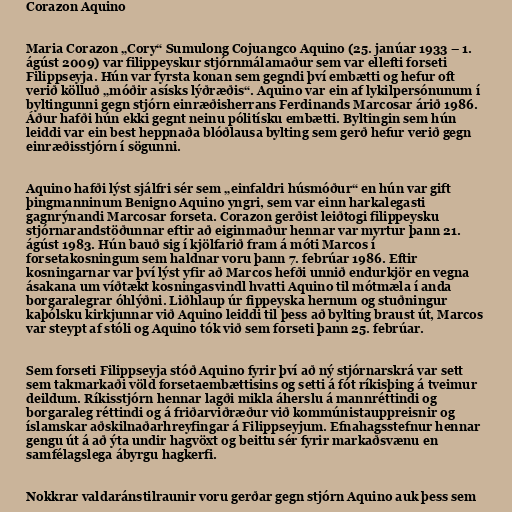
Corazon Aquino

Maria Corazon „Cory“ Sumulong Cojuangco Aquino (25. janúar 1933 – 1.
ágúst 2009) var filippeyskur stjórnmálamaður sem var ellefti forseti
Filippseyja. Hún var fyrsta konan sem gegndi því embætti og hefur oft
verið kölluð „móðir asísks lýðræðis“. Aquino var ein af lykilpersónunum í
byltingunni gegn stjórn einræðisherrans Ferdinands Marcosar árið 1986.
Áður hafði hún ekki gegnt neinu pólitísku embætti. Byltingin sem hún
leiddi var ein best heppnaða blóðlausa bylting sem gerð hefur verið gegn
einræðisstjórn í sögunni.

Aquino hafði lýst sjálfri sér sem „einfaldri húsmóður“ en hún var gift
þingmanninum Benigno Aquino yngri, sem var einn harkalegasti
gagnrýnandi Marcosar forseta. Corazon gerðist leiðtogi filippeysku
stjórnarandstöðunnar eftir að eiginmaður hennar var myrtur þann 21.
ágúst 1983. Hún bauð sig í kjölfarið fram á móti Marcos í
forsetakosningum sem haldnar voru þann 7. febrúar 1986. Eftir
kosningarnar var því lýst yfir að Marcos hefði unnið endurkjör en vegna
ásakana um víðtækt kosningasvindl hvatti Aquino til mótmæla í anda
borgaralegrar óhlýðni. Liðhlaup úr fippeyska hernum og stuðningur
kaþólsku kirkjunnar við Aquino leiddi til þess að bylting braust út, Marcos
var steypt af stóli og Aquino tók við sem forseti þann 25. febrúar.

Sem forseti Filippseyja stóð Aquino fyrir því að ný stjórnarskrá var sett
sem takmarkaði völd forsetaembættisins og setti á fót ríkisþing á tveimur
deildum. Ríkisstjórn hennar lagði mikla áherslu á mannréttindi og
borgaraleg réttindi og á friðarviðræður við kommúnistauppreisnir og
íslamskar aðskilnaðarhreyfingar á Filippseyjum. Efnahagsstefnur hennar
gengu út á að ýta undir hagvöxt og beittu sér fyrir markaðsvænu en
samfélagslega ábyrgu hagkerfi.

Nokkrar valdaránstilraunir voru gerðar gegn stjórn Aquino auk þess sem